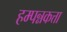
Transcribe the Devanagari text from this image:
हम्पन्नकत्ता